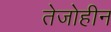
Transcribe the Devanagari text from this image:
तेजोहीन